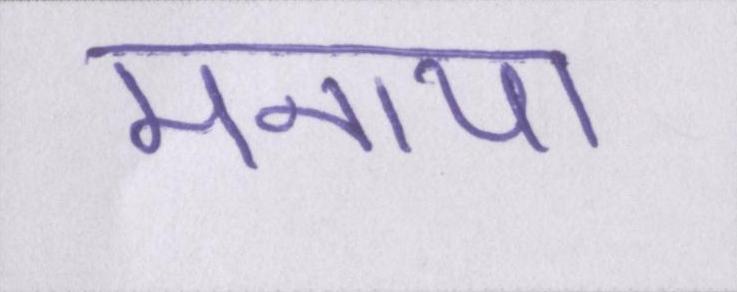
मनाया